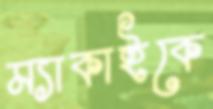
ম্যাকাইকে